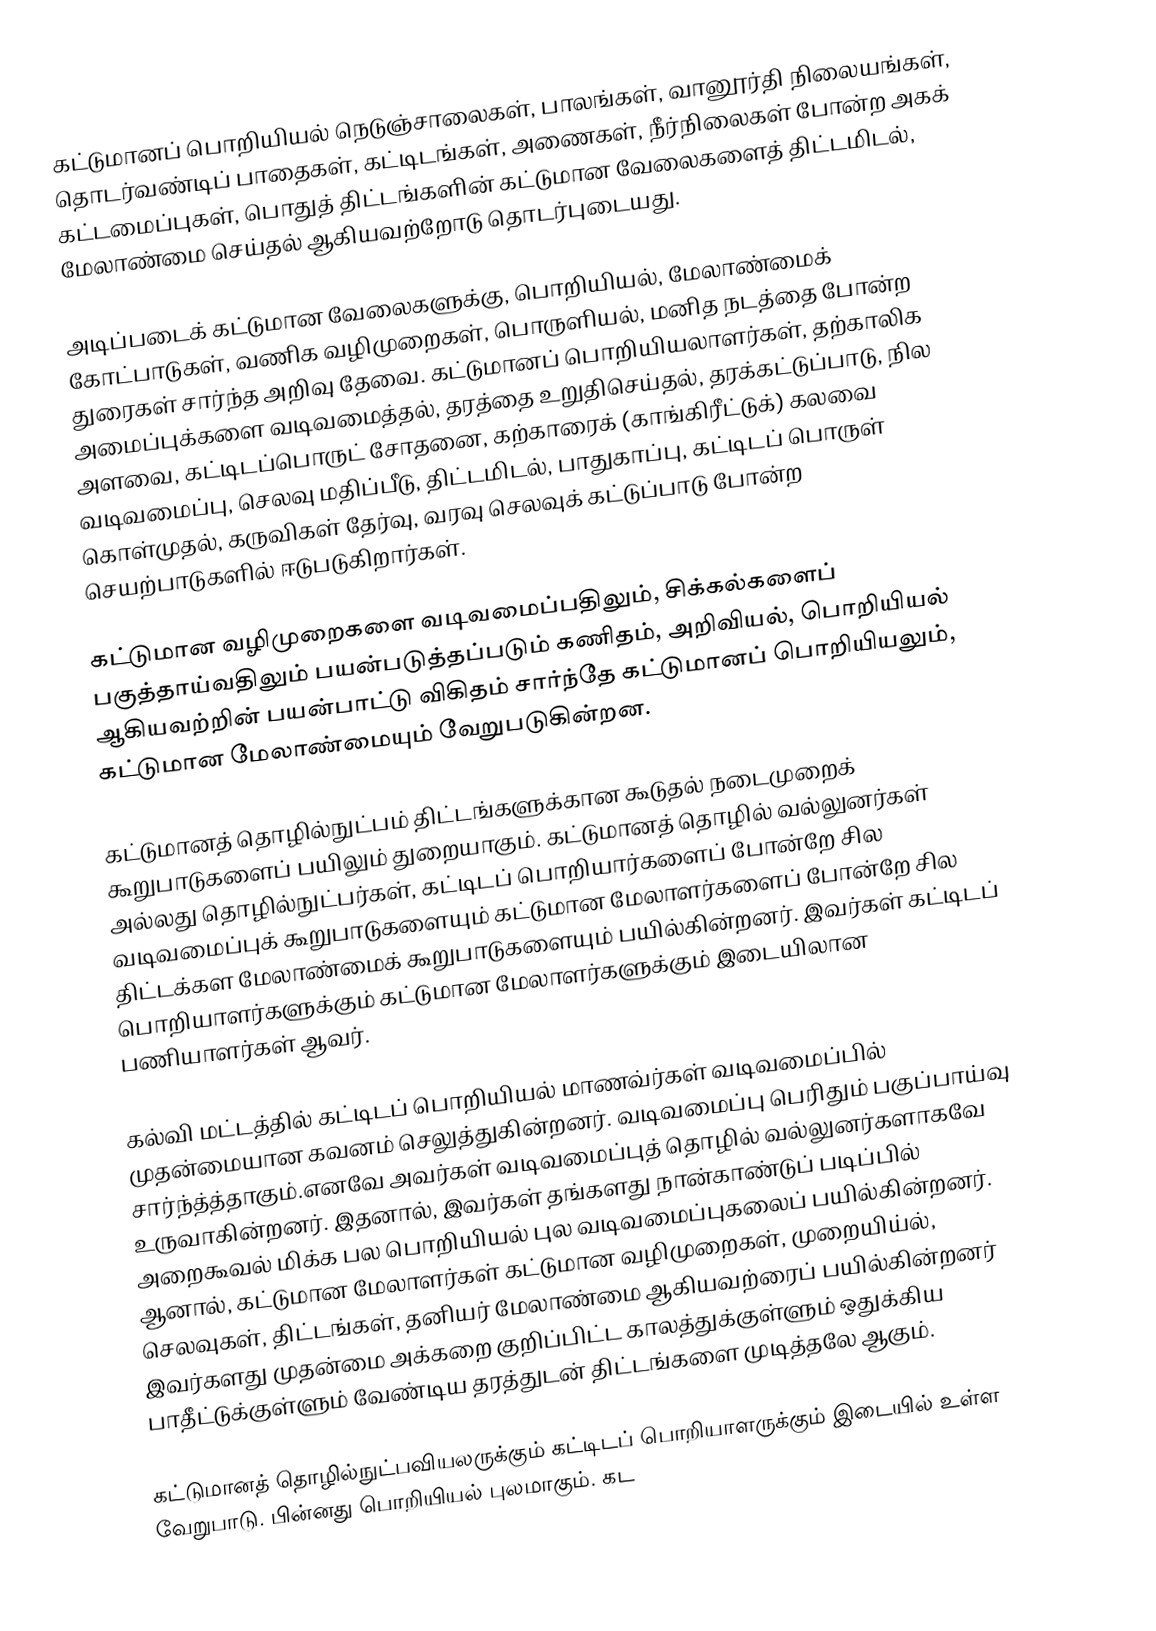
கட்டுமானப் பொறியியல் நெடுஞ்சாலைகள், பாலங்கள், வானூர்தி நிலையங்கள், தொடர்வண்டிப் பாதைகள், கட்டிடங்கள், அணைகள், நீர்நிலைகள் போன்ற அகக் கட்டமைப்புகள், பொதுத் திட்டங்களின் கட்டுமான வேலைகளைத் திட்டமிடல், மேலாண்மை செய்தல் ஆகியவற்றோடு தொடர்புடையது.

அடிப்படைக் கட்டுமான வேலைகளுக்கு, பொறியியல், மேலாண்மைக் கோட்பாடுகள், வணிக வழிமுறைகள், பொருளியல், மனித நடத்தை போன்ற துரைகள் சார்ந்த அறிவு தேவை. கட்டுமானப் பொறியியலாளர்கள், தற்காலிக அமைப்புக்களை வடிவமைத்தல், தரத்தை உறுதிசெய்தல், தரக்கட்டுப்பாடு,  நில அளவை, கட்டிடப்பொருட் சோதனை, கற்காரைக் (காங்கிரீட்டுக்) கலவை வடிவமைப்பு, செலவு மதிப்பீடு, திட்டமிடல், பாதுகாப்பு, கட்டிடப் பொருள் கொள்முதல், கருவிகள் தேர்வு, வரவு செலவுக் கட்டுப்பாடு போன்ற செயற்பாடுகளில் ஈடுபடுகிறார்கள்.

கட்டுமான வழிமுறைகளை வடிவமைப்பதிலும், சிக்கல்களைப் பகுத்தாய்வதிலும் பயன்படுத்தப்படும் கணிதம், அறிவியல், பொறியியல் ஆகியவற்றின் பயன்பாட்டு விகிதம் சார்ந்தே கட்டுமானப் பொறியியலும், கட்டுமான மேலாண்மையும் வேறுபடுகின்றன.

கட்டுமானத் தொழில்நுட்பம் திட்டங்களுக்கான கூடுதல் நடைமுறைக் கூறுபாடுகளைப் பயிலும் துறையாகும். கட்டுமானத் தொழில் வல்லுனர்கள் அல்லது தொழில்நுட்பர்கள், கட்டிடப் பொறியார்களைப் போன்றே சில வடிவமைப்புக் கூறுபாடுகளையும் கட்டுமான மேலாளர்களைப் போன்றே சில திட்டக்கள மேலாண்மைக் கூறுபாடுகளையும் பயில்கின்றனர். இவர்கள் கட்டிடப் பொறியாளர்களுக்கும் கட்டுமான மேலாளர்களுக்கும் இடையிலான பணியாளர்கள் ஆவர்.

கல்வி மட்டத்தில் கட்டிடப் பொறியியல் மாணவ்ர்கள் வடிவமைப்பில் முதன்மையான கவனம் செலுத்துகின்றனர். வடிவமைப்பு பெரிதும் பகுப்பாய்வு சார்ந்த்த்தாகும்.எனவே அவர்கள் வடிவமைப்புத் தொழில் வல்லுனர்களாகவே உருவாகின்றனர். இதனால், இவர்கள் தங்களது நான்காண்டுப் படிப்பில் அறைகூவல் மிக்க பல பொறியியல் புல வடிவமைப்புகலைப் பயில்கின்றனர். ஆனால், கட்டுமான மேலாளர்கள் கட்டுமான வழிமுறைகள், முறையிய்ல், செலவுகள், திட்டங்கள், தனியர் மேலாண்மை ஆகியவற்ரைப் பயில்கின்றனர் இவர்களது முதன்மை அக்கறை குறிப்பிட்ட காலத்துக்குள்ளும் ஒதுக்கிய பாதீட்டுக்குள்ளும் வேண்டிய தரத்துடன் திட்டங்களை முடித்தலே ஆகும்.

கட்டுமானத் தொழில்நுட்பவியலருக்கும் கட்டிடப் பொறியாளருக்கும் இடையில் உள்ள வேறுபாடு. பின்னது பொறியியல் புலமாகும். கட